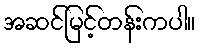
အဆင်မြင့်တန်းကပါ။